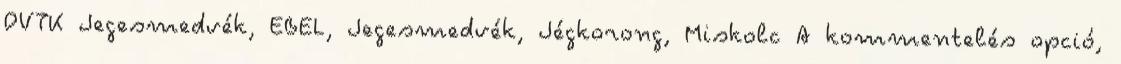
DVTK Jegesmedvék, EBEL, Jegesmedvék, Jégkorong, Miskolc A kommentelés opció,